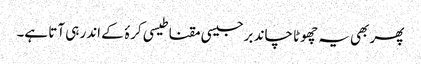
پھر بھی یہ چھوٹا چاند برجیسی مقناطیسی کرۂ کے اندر ہی آتا ہے۔